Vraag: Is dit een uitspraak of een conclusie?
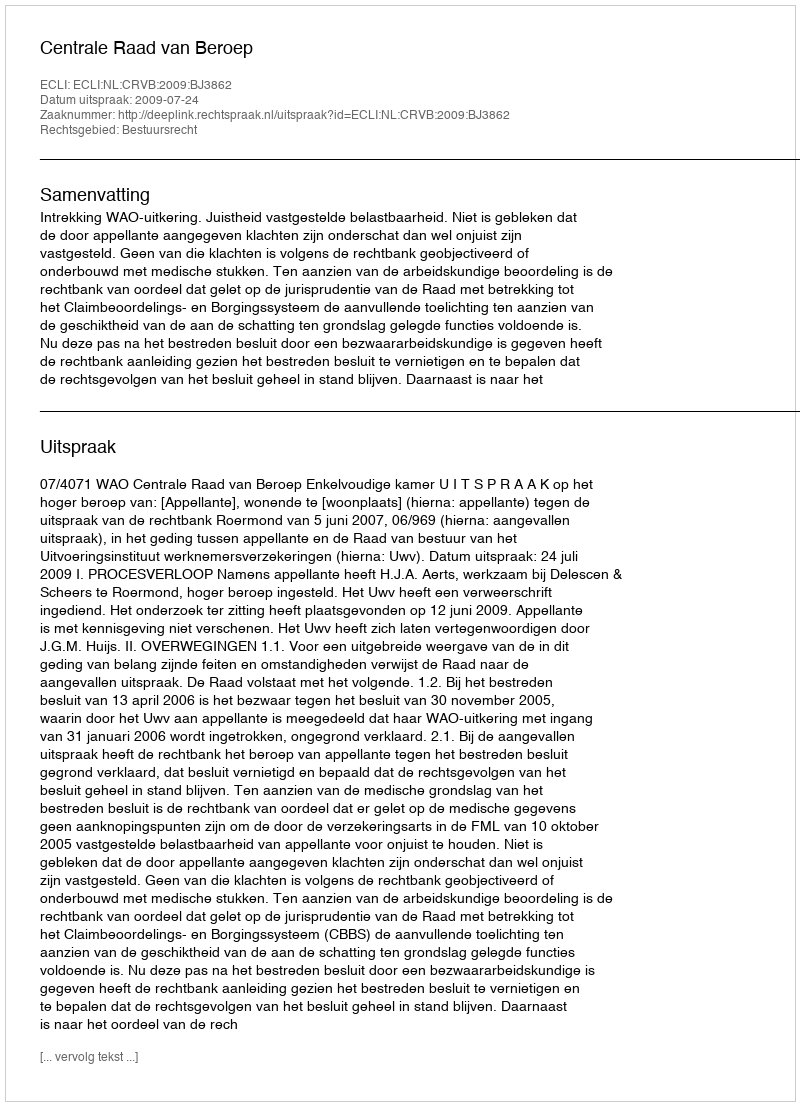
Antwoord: Uitspraak